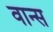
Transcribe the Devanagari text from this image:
वान्स